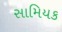
સામિયક